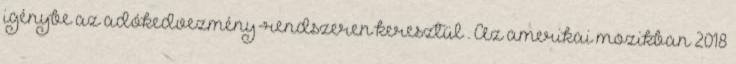
igénybe az adókedvezmény-rendszeren keresztül . Az amerikai mozikban 2018